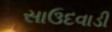
સાઉદવાડી